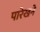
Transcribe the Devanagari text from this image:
पारेखने